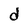
Character: d